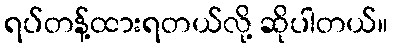
ရပ်တန့်ထားရတယ်လို့ ဆိုပါတယ်။